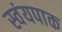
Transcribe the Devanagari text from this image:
स्वंयपाक